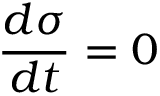
\displaystyle \frac { d \sigma } { d t } = 0